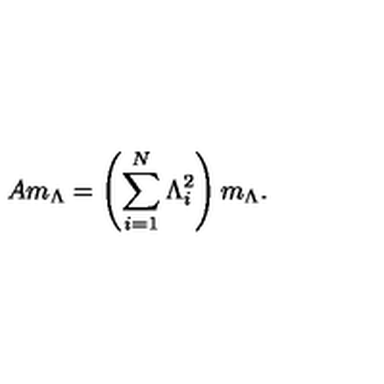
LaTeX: A m _ { \Lambda } = \left( \sum _ { i = 1 } ^ { N } \Lambda _ { i } ^ { 2 } \right) m _ { \Lambda } .